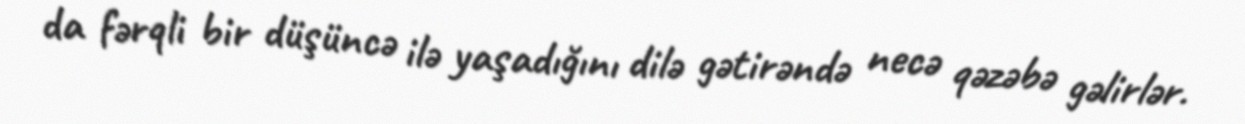
da fərqli bir düşüncə ilə yaşadığını dilə gətirəndə necə qəzəbə gəlirlər.